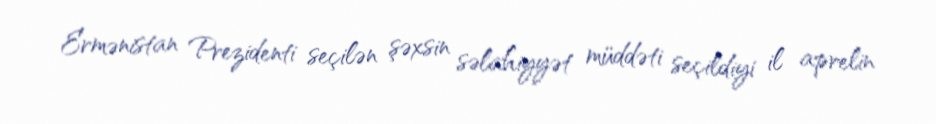
Ermənistan Prezidenti seçilən şəxsin səlahiyyət müddəti seçildiyi il aprelin